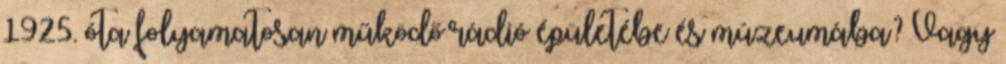
1925. óta folyamatosan működő rádió épületébe és múzeumába? Vagy